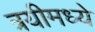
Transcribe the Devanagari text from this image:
त्रयीमध्ये